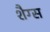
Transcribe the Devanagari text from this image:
शैग्स